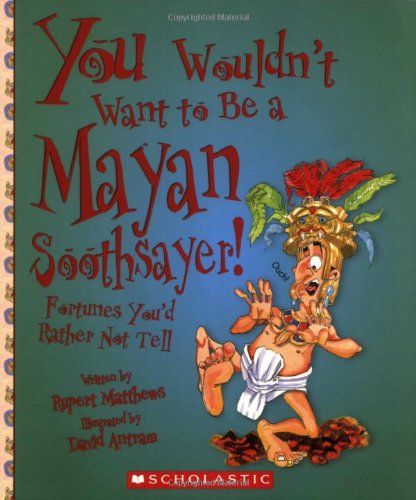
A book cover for You Wouldn't Want to Be a Mayan Soothsayer!: Fortunes You'd Rather Not Tell; Rupert Matthews; Children's Books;